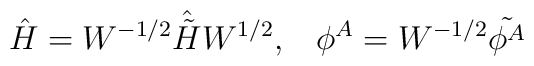
\hat{H} =W^{-1/2}\hat{\tilde{H}}W^{1/2}, \;\;\;\phi^A =W^{-1/2}\tilde{\phi^A}